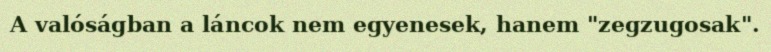
A valóságban a láncok nem egyenesek, hanem "zegzugosak".